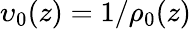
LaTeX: \upsilon_{0}(z)=1/\rho_{0}(z)